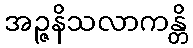
အဉ္ဇနိသလာကန္တိ